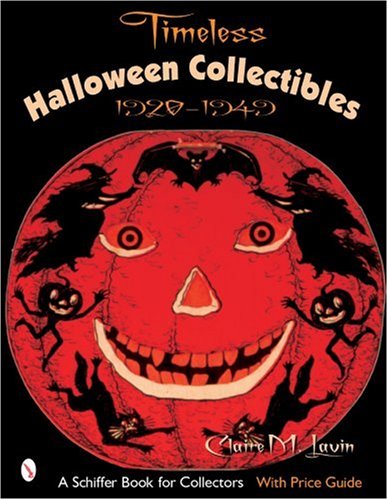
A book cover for Timeless Halloween Collectibles: 1920 to 1949, a Halloween Reference Book from the Beistle Company Archive with Price Guide (Schiffer Book for Collectors); Claire M. Lavin; Crafts, Hobbies & Home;